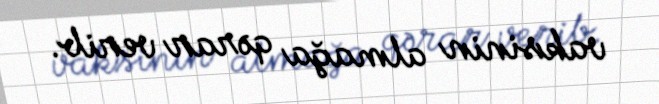
vaksinin almağa qərar verib.